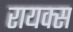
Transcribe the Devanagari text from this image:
रायक्स